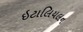
ઇટાલિયલન